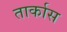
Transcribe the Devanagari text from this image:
तार्कास